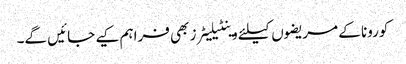
کورونا کے مریضوں کیلئے وینٹیلیٹرز بھی فراہم کیے جائیں گے۔